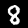
Label: 8